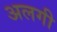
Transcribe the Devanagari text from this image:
अलगी